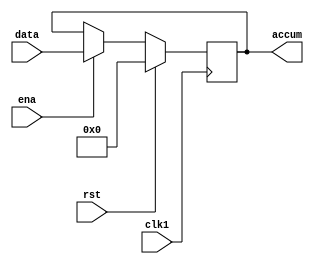
module accum (
    accum,
    data,
    ena,
    clk1,
    rst
);
    output [7:0] accum;
    input [7:0] data;
    input ena, clk1, rst;
    reg [7:0] accum;

    always @(posedge clk1) begin
        if (rst) accum <= 8'b00000000;  //Reset

        else if (ena)  //CPUload_acc
            accum <= data;  //Accumulate

    end
endmodule